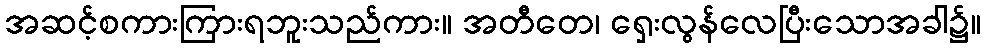
အဆင့်စကားကြားရဘူးသည်ကား။ အတီတေ၊ ရှေးလွန်လေပြီးသောအခါ၌။